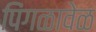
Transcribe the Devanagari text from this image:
पिंगळावेळ